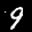
Label: 9